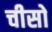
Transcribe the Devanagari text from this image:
चीसो